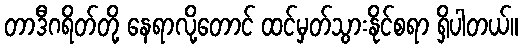
တာဒီဂရိတ်တို့ နေရာလို့တောင် ထင်မှတ်သွားနိုင်စရာ ရှိပါတယ်။